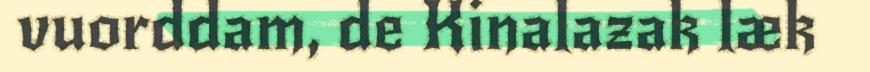
vuorddam, de Kinalazak læk